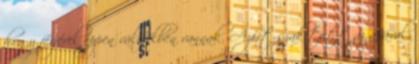
hogy férjével éppen válófélben vannak. Azért szakított az apával,